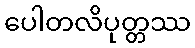
ပေါတလိပုတ္တဿ